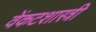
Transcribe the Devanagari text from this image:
वेंकटशास्त्री